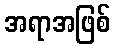
အရာအဖြစ်